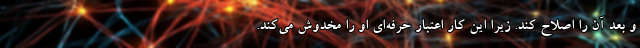
و بعد آن را اصلاح كند. زيرا اين كار اعتبار حرفه‌اي او را مخدوش مي‌كند.